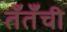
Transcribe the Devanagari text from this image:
तँतँची